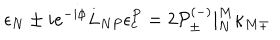
\epsilon _ { N } \pm i e ^ { - i \phi } L _ { N P } \epsilon _ { c } ^ { P } = 2 { \cal P } _ { \pm } ^ { ( - ) } | _ { N } ^ { M } \kappa _ { M \mp }